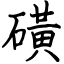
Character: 磺